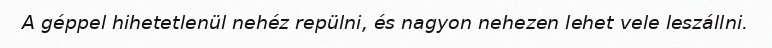
A géppel hihetetlenül nehéz repülni, és nagyon nehezen lehet vele leszállni.